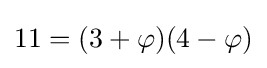
11=(3+\varphi )(4-\varphi )